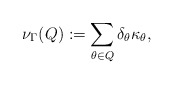
\begin{align*}\nu_{\Gamma}(Q):=\sum\limits_{\substack{\theta\in Q }}\delta_{\theta}\kappa_{\theta},\end{align*}